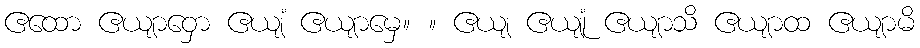
ဧထော ဧယျာဝှော ဧယျံ ဧယျာမှေ။ ။ ဧယျ ဧယျုံ ဧယျာသိ ဧယျာထ ဧယျာမိ